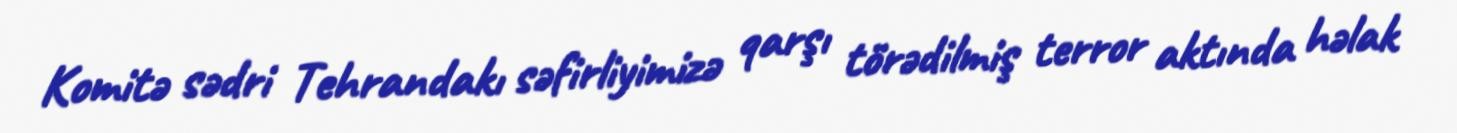
Komitə sədri Tehrandakı səfirliyimizə qarşı törədilmiş terror aktında həlak